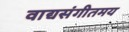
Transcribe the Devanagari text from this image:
वाद्यसंगीतमय